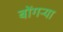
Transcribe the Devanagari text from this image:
बोंगऱ्या